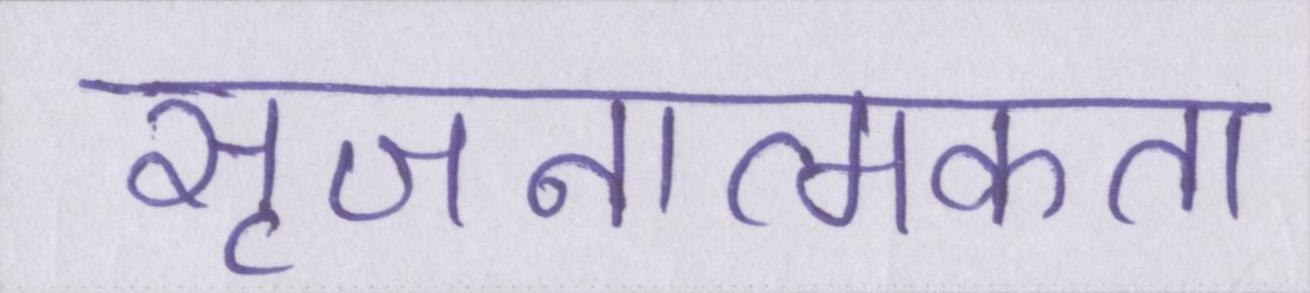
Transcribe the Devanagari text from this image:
सृजनात्मकता